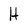
Character: H